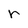
Character: r